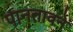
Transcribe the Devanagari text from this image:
पानतावने